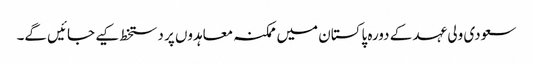
سعودی ولی عہد کے دورہ پاکستان میں ممکنہ معاہدوں پر دستخط کیے جائیں گے۔